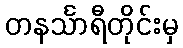
တနင်္သာရီတိုင်းမှ